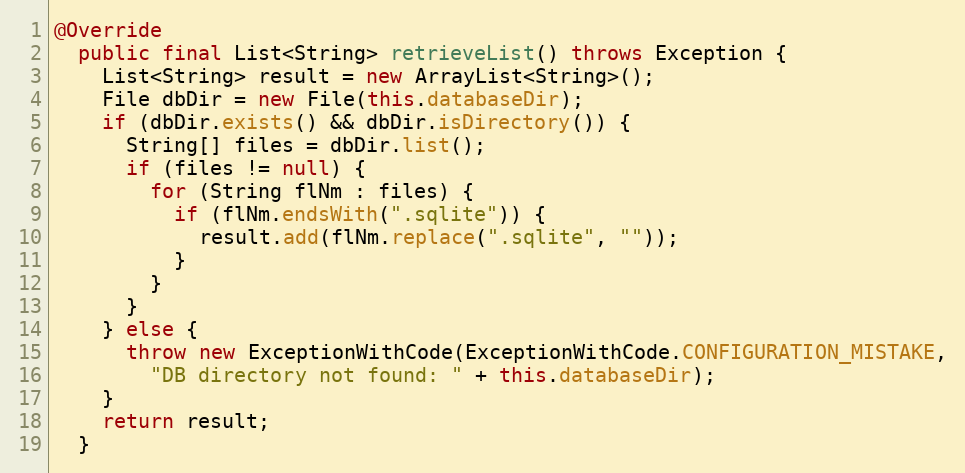
Language: Java
@Override
  public final List<String> retrieveList() throws Exception {
    List<String> result = new ArrayList<String>();
    File dbDir = new File(this.databaseDir);
    if (dbDir.exists() && dbDir.isDirectory()) {
      String[] files = dbDir.list();
      if (files != null) {
        for (String flNm : files) {
          if (flNm.endsWith(".sqlite")) {
            result.add(flNm.replace(".sqlite", ""));
          }
        }
      }
    } else {
      throw new ExceptionWithCode(ExceptionWithCode.CONFIGURATION_MISTAKE,
        "DB directory not found: " + this.databaseDir);
    }
    return result;
  }